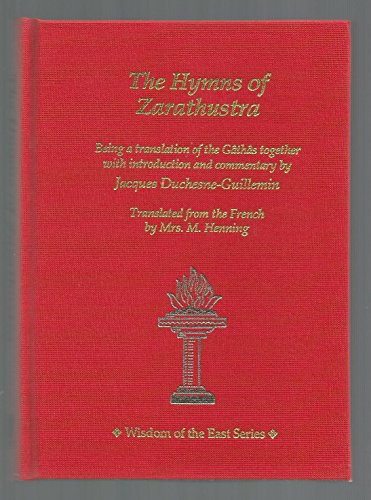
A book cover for The Hymns of Zarathustra: Being a Translation of the Gathas (Wisdom of the East); Religion & Spirituality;